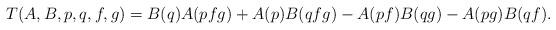
LaTeX: \begin{align*}T(A,B, p,q,f,g) = B(q)A(pfg)+A(p)B(qfg)-A(pf)B(qg)-A(pg)B(qf).\end{align*}